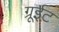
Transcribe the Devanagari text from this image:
ग्रूईट